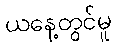
ယနေ့တွင်မူ